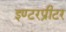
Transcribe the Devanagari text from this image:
इण्टरप्रीटर